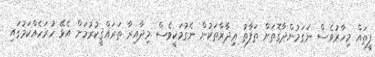
ފީތައް މިހާރުވެސް ނަގަމުންދާގޮތަށް ތަފާތު ޢިދާރާތަކުން ނެގުމަކީވެސް މިދާއިރާ ތަރައްޤީކުރުމަށް އެޅޭ ހުރަހެއްކަމުގައި